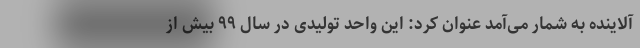
آلاینده به شمار می‌آمد عنوان کرد: این واحد تولیدی در سال ۹۹ بیش از